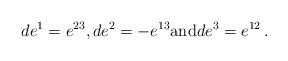
LaTeX: \begin{align*}de^1=e^{23}, de^2=-e^{13} \textrm{and} de^3=e^{12}\,.\end{align*}